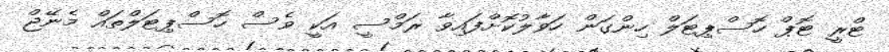
ޓްރީ ޓޮޕް ހޮސްޕިޓަލް ހިންގަން ހަވާލުކޮށްފައިވާ ރަމްސީ އަކީ ވެސް ހޮސްޕިޓަލްތައް މެނޭޖް